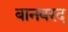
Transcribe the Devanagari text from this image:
बानबरद